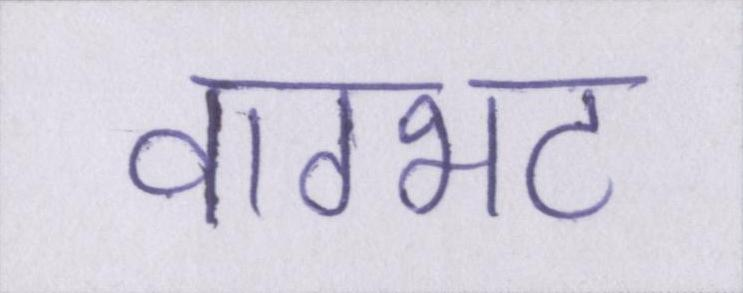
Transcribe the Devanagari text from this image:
वाग्भट